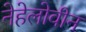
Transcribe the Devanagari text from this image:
नेहेलोवीन